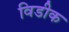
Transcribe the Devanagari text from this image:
विडीक